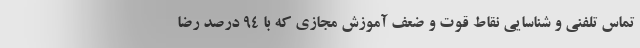
تماس تلفنی و شناسایی نقاط قوت و ضعف آموزش مجازی که با ۹۴ درصد رضا